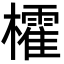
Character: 㰌